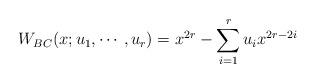
LaTeX: \begin{align*}W_{BC}(x;u_{1}, \cdots, u_{r})=x^{2r}-\sum_{i=1}^{r} u_{i} x^{2r-2i}\end{align*}